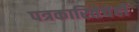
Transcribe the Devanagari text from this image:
पत्रकारितेचेही